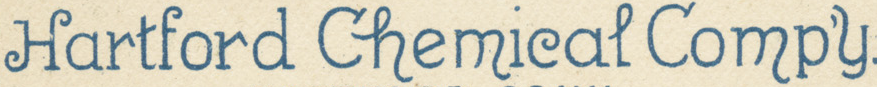
Hartford Chemical Compy.